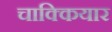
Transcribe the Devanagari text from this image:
चाक्कियार